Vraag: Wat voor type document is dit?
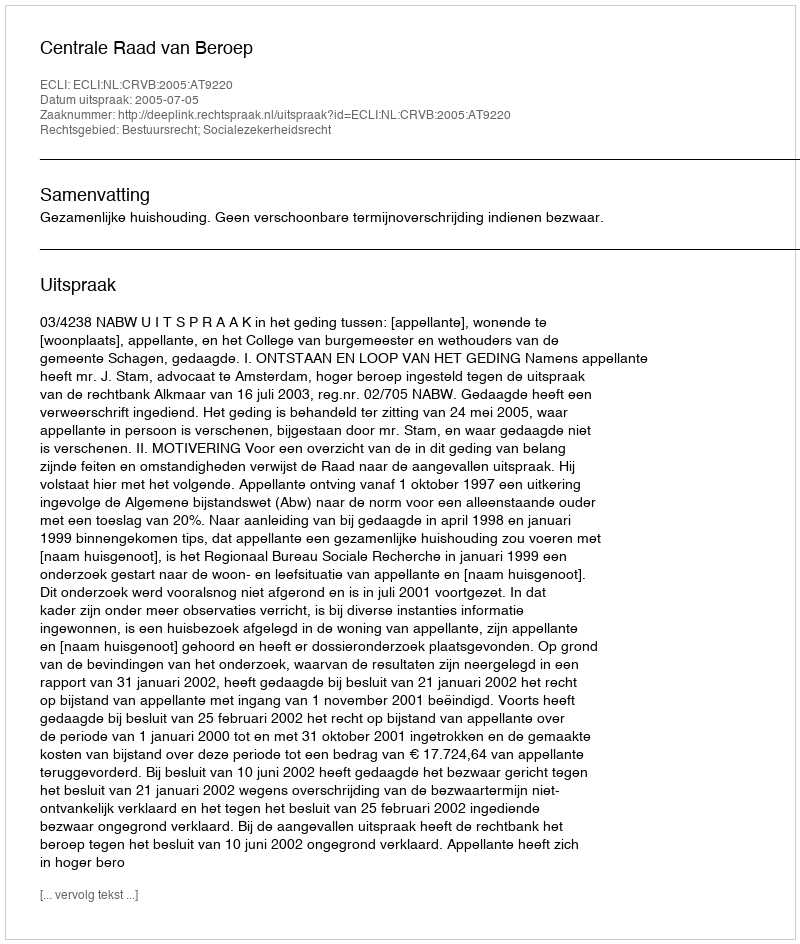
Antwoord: Uitspraak